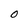
Character: 0